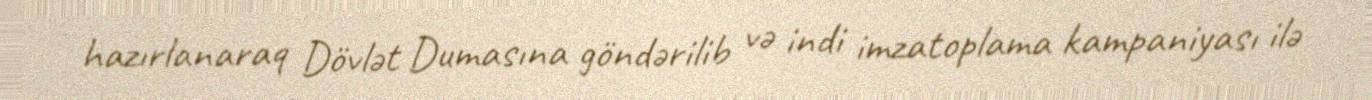
hazırlanaraq Dövlət Dumasına göndərilib və indi imzatoplama kampaniyası ilə